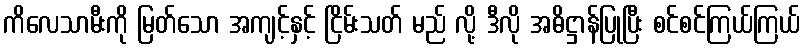
ကိလေသာမီးကို မြတ်သော အကျင့်နှင့် ငြိမ်းသတ် မည် လို့ ဒီလို အဓိဋ္ဌာန်ပြုပြီး စင်စင်ကြယ်ကြယ်